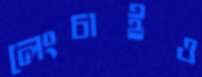
লেংচাইও